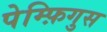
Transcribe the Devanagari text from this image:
पेम्फ़िगुस